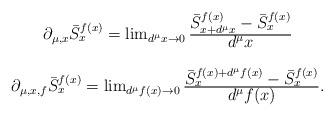
LaTeX: \begin{align*}\begin{array}{c}\partial_{\mu,x}\bar{S}^{f(x)}_{x}= \lim_{d^{\mu}x\rightarrow 0}\frac{\mbox{$\bar{S}^{f(x)}_{x+d^{\mu}x} -\bar{S}^{f(x)}_{x}$}}{\mbox{$d^{\mu}x$}} \\\\\partial_{\mu,x,f} \bar{S}^{f(x)}_{x}=\lim_{d^{\mu}f(x)\rightarrow 0}\frac{\mbox{$\bar{S}^{f(x) +d^{\mu}f(x)}_{x}- \bar{S}^{f(x)}_{x}$}}{\mbox{$d^{\mu}f(x)$}}.\end{array}\end{align*}